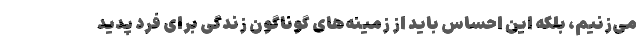
می‌زنیم، بلکه این احساس باید از زمینه‌های گوناگون زندگی برای فرد پدید